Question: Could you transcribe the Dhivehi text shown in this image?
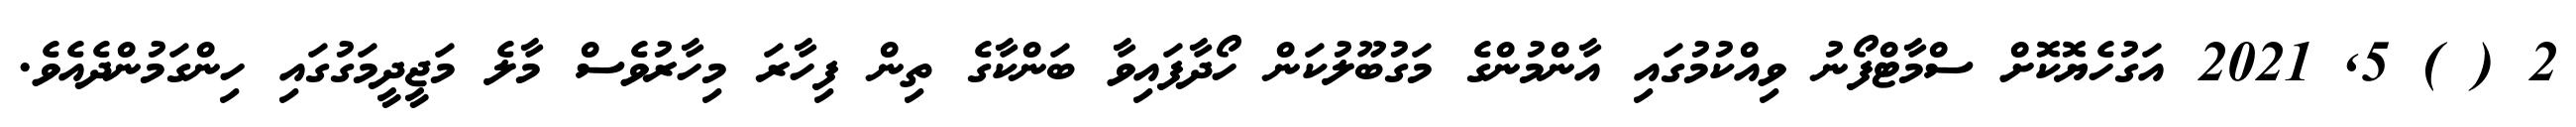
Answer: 2 ( ) 5, 2021 އަގުހެޔޮކޮށް ސްމާޓްފޯނު ވިއްކުމުގައި އާންމުންގެ މަގުބޫލުކަން ހޯދާފައިވާ ބަންކާގެ ތިން ފިހާރަ މިހާރުވެސް މާލެ މަޖީދީމަގުގައި ހިންގަމުންދެއެވެ.